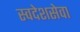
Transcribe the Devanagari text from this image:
स्वदेशसेवा